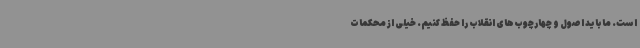
است. ما باید اصول و چهارچوب‌های انقلاب را حفظ کنیم. خیلی از محکمات